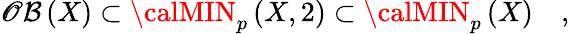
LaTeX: {\cal\mathscr{O}B}\left(X\right)\subset{\calMIN}_{p}\left(X,2\right)\subset{\calMIN}_{p}\left(X\right)\quad,